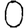
Digit: 0